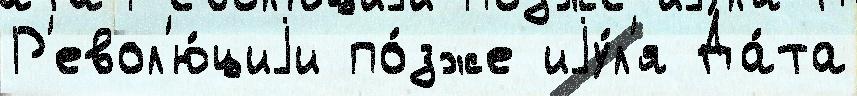
Р'евол'ю́циjи по́зже иjу́л'я Да́та